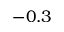
- 0 . 3